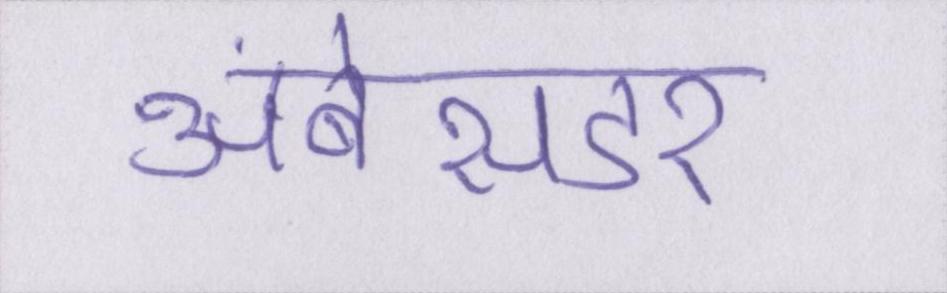
अंबेसडर